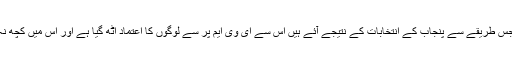
انہوں نے کہا کہ جس طریقے سے پنجاب کے انتخابات کے نتیجے آئے ہیں اس سے ای وی ایم پر سے لوگوں کا اعتماد اٹھ گیا ہے اور اس میں کچھ نہ کچھ گڑبڑی ہے۔